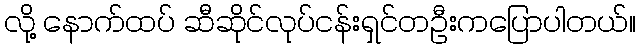
လို့ နောက်ထပ် ဆီဆိုင်လုပ်ငန်းရှင်တဦးကပြောပါတယ်။